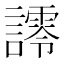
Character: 𮘿